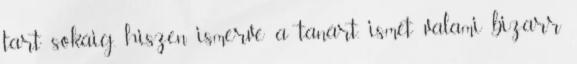
tart sokáig, hiszen ismerve a tanárt, ismét valami bizarr